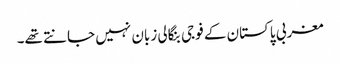
مغربی پاکستان کے فوجی بنگالی زبان نہیں جانتے تھے۔